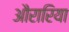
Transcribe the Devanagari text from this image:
औरारिया